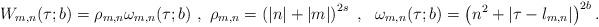
LaTeX: \begin{align*}W_{m,n} (\tau; b) = \rho_{m,n} \omega_{m,n} (\tau; b) \ , ~\rho_{m,n} = \left ( |n|+|m| \right )^{2s} \ ,~~ \omega_{m,n} (\tau; b) = \left ( n^2 + |\tau-l_{m,n} | \right )^{2b} .\end{align*}